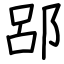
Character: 郘